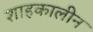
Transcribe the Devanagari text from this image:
शाहकालीन